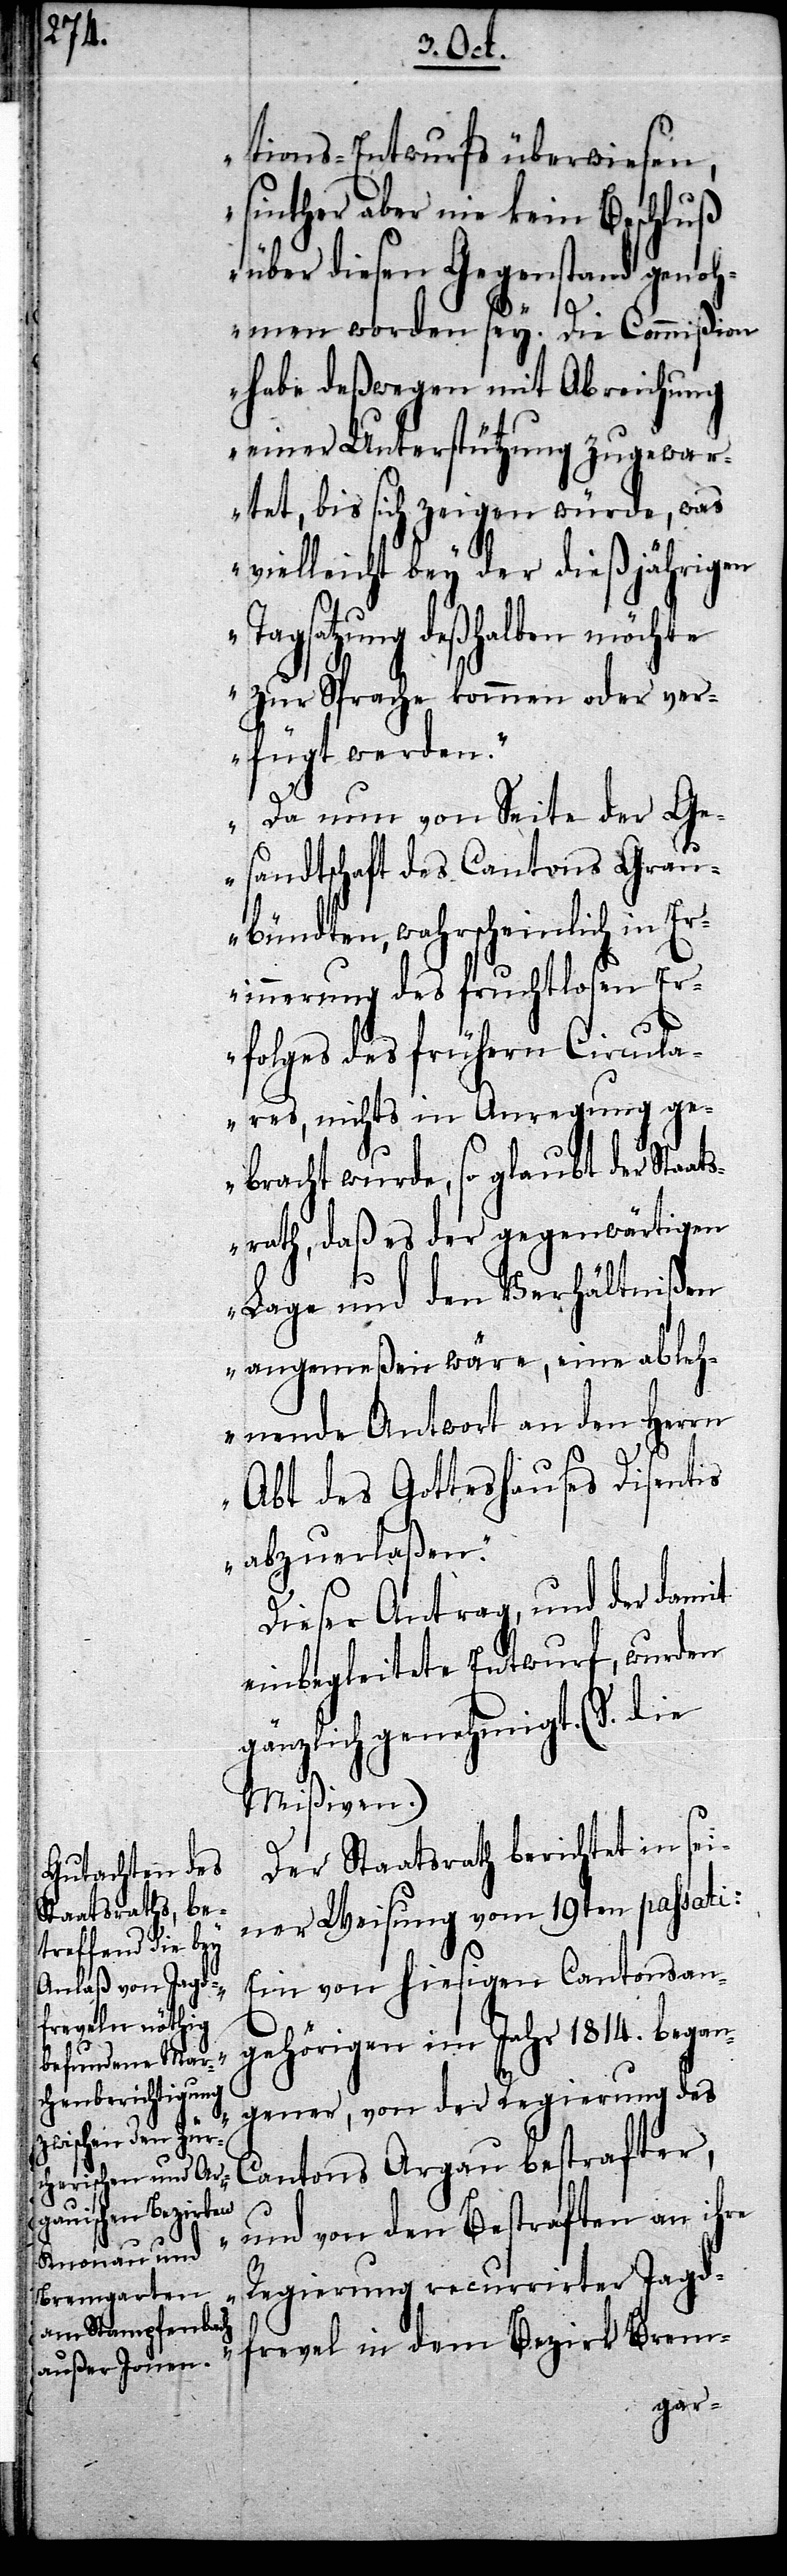
tions-Entwurfs überwiesen,
sinther aber nie kein Beschluß
über diesen Gegenstand genoh¬
men worden sey. Die Commißion
habe deßwegen mit Abreichung
einer Unterstützung zugewar¬
tet, bis sich zeigen würde, was
vielleicht bey der dießjährigen
Tagsatzung deßhalben möchte
zur Sprache kommen oder ver¬
fügt werden.
Da nun von Seite der Ge¬
sandtschaft des Cantons Grau¬
bündten, wahrscheinlich in Eri¬
nnerung des fruchtlosen Er¬
folges des frühern Circula¬
res, nichts in Anregung ge¬
bracht wurde, so glaubt der Staat¬
srath, daß es der gegenwärtigen
Lage und den Verhältnißen
angemeßen wäre, eine ableh¬
nende Antwort an den Herrn
Abt des Gotteshauses Disentis
abzuerlaßen.“
Dieser Antrag, und der damit
einbegleitete Entwurf, wurden
gänzlich genehmigt. (S. die
Mißiven.)
Der Staatsrath berichtet in sei¬
ner Weisung vom 19ten passati:
„Ein von hiesigen Cantonsan¬
gehörigen im Jahr 1814. began¬
gener, von der Regierung des
Cantons Argau bestrafter,
und von den Bestraften an ihre
Regierung recurrirter Jagd¬
frevel in dem Bezirk Brem-